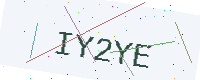
Text: IY2YE